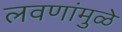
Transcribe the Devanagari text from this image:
लवणांमुळे